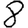
Digit: 8